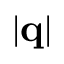
| \mathbf { q } |